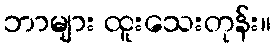
ဘာများ ထူးသေးတုန်း။